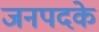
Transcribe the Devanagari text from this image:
जनपदके